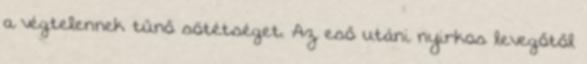
a végtelennek tűnő sötétséget. Az eső utáni nyirkos levegőtől